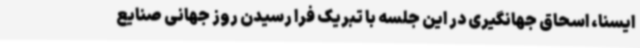
ایسنا، اسحاق جهانگیری در این جلسه با تبریک فرا رسیدن روز جهانی صنایع